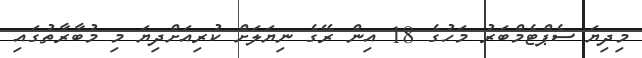
މިދިޔަ ސެޕްޓެމްބަރު މަހުގެ 18 އިން ރޭގެ ނިޔަލަށް ކުރިއަށްދިޔަ މި މުބާރާތުގައި